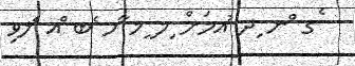
ެގ ްނ ިދ ުއމަށް ިމ ީމ ާހ ެބ ްއ ެލވި